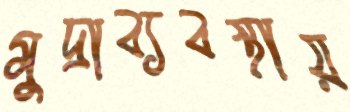
মুদ্রাব্যবস্থায়